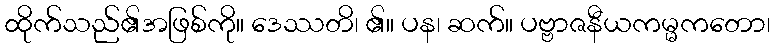
ထိုက်သည်၏အဖြစ်ကို။ ဒေဿတိ၊ ၏။ ပန၊ ဆက်။ ပဗ္ဗာဇနီယကမ္မကတော၊